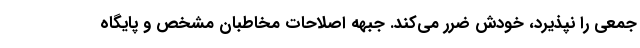
جمعی را نپذیرد، خودش ضرر می‌کند. جبهه اصلاحات مخاطبان مشخص و پایگاه